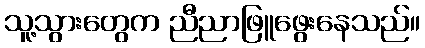
သူ့သွားတွေက ညီညာဖြူဖွေးနေသည်။